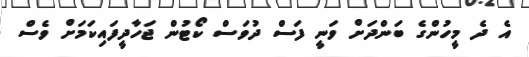
އެ ދެ މީހުންގެ ބަންދަށް ވަނީ ފަސް ދުވަސް ކޯޓުން ޖަހާދީފައިކަމަށް ވެސް